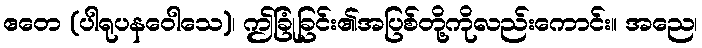
ဧတေ (ပါရုပနဝေါသေ)၊ ဤခြုံခြင်း၏အပြစ်တို့ကိုလည်းကောင်း။ အညေ၊